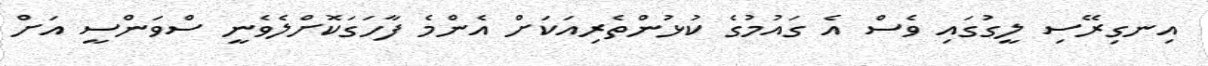
އިނގިރޭސި ލީގުގައި ވެސް އެ ގައުމުގެ ކުޅުންތެރިއަކަށް އެންމެ ފާހަގަކޮށްލެވެނީ ސްވަންސީ އަށް